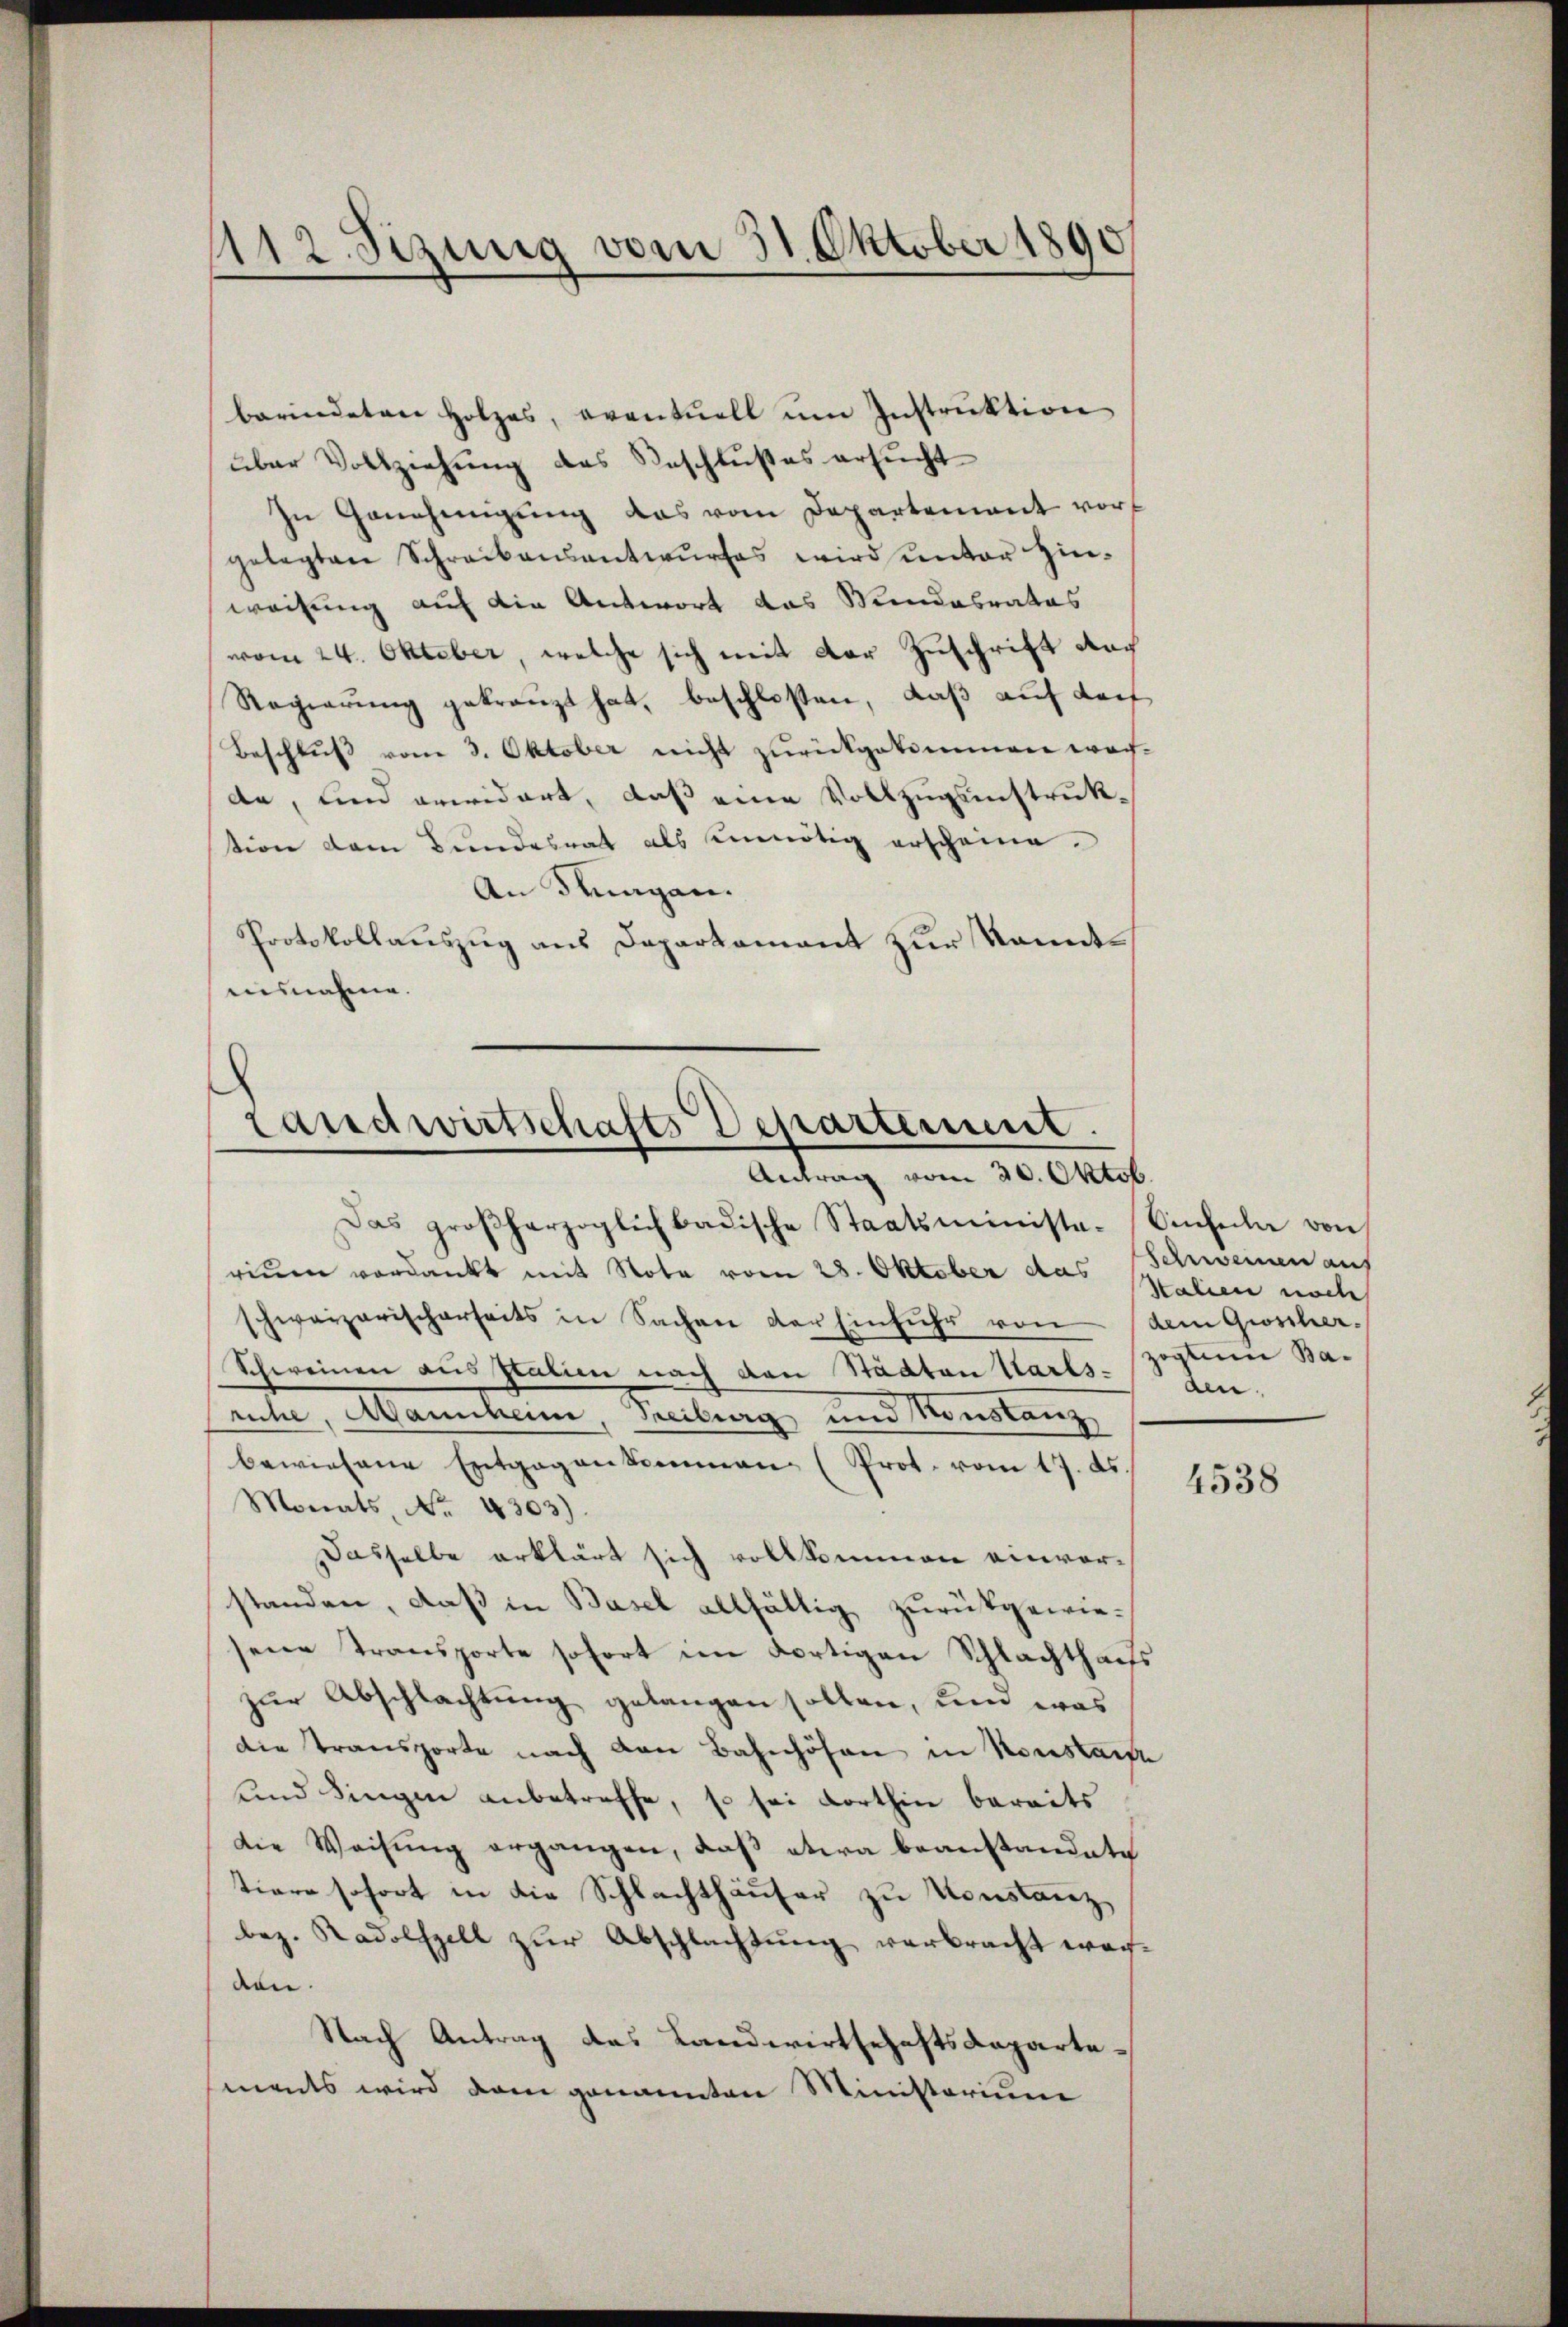
112. Sizung vom 31. Oktober 1890

berindeten Holzes, eventuell ŭm Instrŭktion
über Vollziehung des Beschlußes ersucht
In Genehmigung das vom Departement vorf
gelegten Schreibensantwurfes wird unter Hinweisung auf die Antwort das Wundesrates
vom 24. Oktober, welche sich mit der Zuschrift noch
Regierung gekränzt hat, beschloßen, daß auf darf
Beschluß vom 3. Oktober nicht zurückgekommen wachde, und erwidert, daß eine Vollzugsinstruktion dem Bundesrat als unnötig erscheine.
An Fragen.
Protokollauszug aus Departament zur kanntausnahme.

Landwirtschafts Departement.
Antrag vom 20. Oktob.

Das großherzoglich badische Staatsministe-Einfula von
rium verdankt mit Nota vom 28. Oktober das alien noch
schweizerischerseits in Sachen der Einführ von dem Groscher¬
Schweinen aus Italien nach den Städten Karls-
ruhe, Mannheim, Treiburg und Konstanz
bewiesene Entgegenkommen (Prot. vom 17. ds.
Monats, No 4303).
Dasselbe erklärt sich vollkommen einvorstanden, daß in Basel allfältig zurückgewiesene Transporte sofort im dortigen Schlachthaufs
zur Abschlachtung gelangen sollen, und was
Die Transporte nach den Bahnhöfen in Konstande
und dingen anbetreffe, so sei dorthin bereits
die Weisung ergangen, daß etwa beanstandete
tiore sofort in die Schlachthäuser zu Konstanz,
bez. Radolspelt zur Abschlachtung verbracht werden.
Nach Antrag des Landwirtschaftsdepartements wird vom genannten Ministorium

Schweinen aus
zoglien Baden.

4538